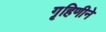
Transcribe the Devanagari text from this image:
गृहिणीने